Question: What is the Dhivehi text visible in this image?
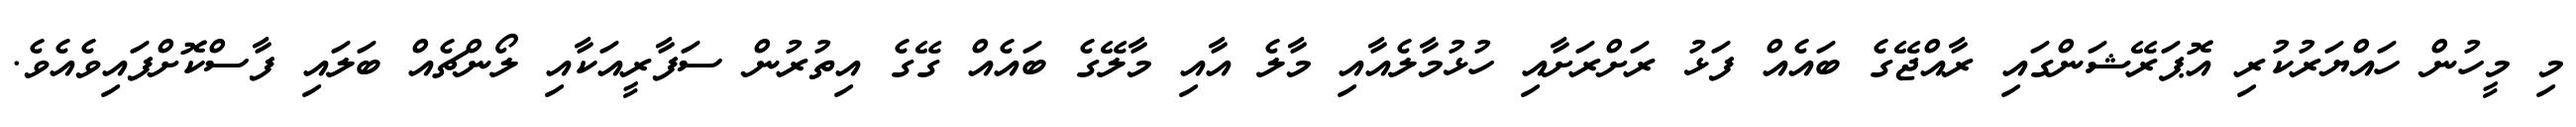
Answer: މި މީހުން ހައްޔަރުކުރި އޮޕަރޭޝަންގައި ރާއްޖޭގެ ބައެއް ފަޅު ރަށްރަށާއި ހުޅުމާލެއާއި މާލެ އާއި މާލޭގެ ބައެއް ގޭގެ އިތުރުން ސަފާރީއަކާއި ލޯންޗެއް ބަލައި ފާސްކޮށްފައިވެއެވެ.